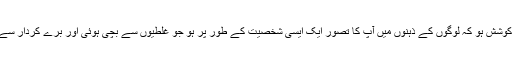
آپ کی یہ کوشش ہو کہ لوگوں کے ذہنوں میں آپ کا تصور ایک ایسی شخصیت کے طور پر ہو جو غلطیوں سے بچی ہوئی اور برے کردار سے پرے ہے۔